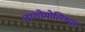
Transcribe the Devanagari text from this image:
बायोमोलिक्यूल